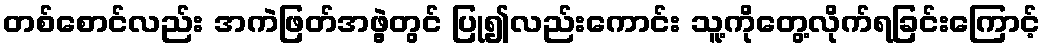
တစ်စောင်လည်း အကဲဖြတ်အဖွဲ့တွင် ပြု၍လည်းကောင်း သူ့ကိုတွေ့လိုက်ရခြင်းကြောင့်